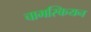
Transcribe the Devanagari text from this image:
चामस्कियन